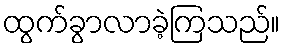
ထွက်ခွာလာခဲ့ကြသည်။